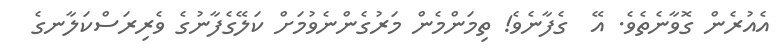
އެއުރެން ގޮވާނެތެވެ. އޭ  ގެފާނެވެ! ތިމަންމެން މަރުގެންނެވުމަށް ކަލޭގެފާނުގެ ވެރިރަސްކަލާނގެ